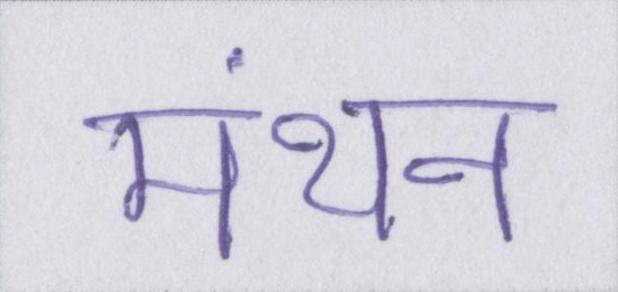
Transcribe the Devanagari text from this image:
मंथन